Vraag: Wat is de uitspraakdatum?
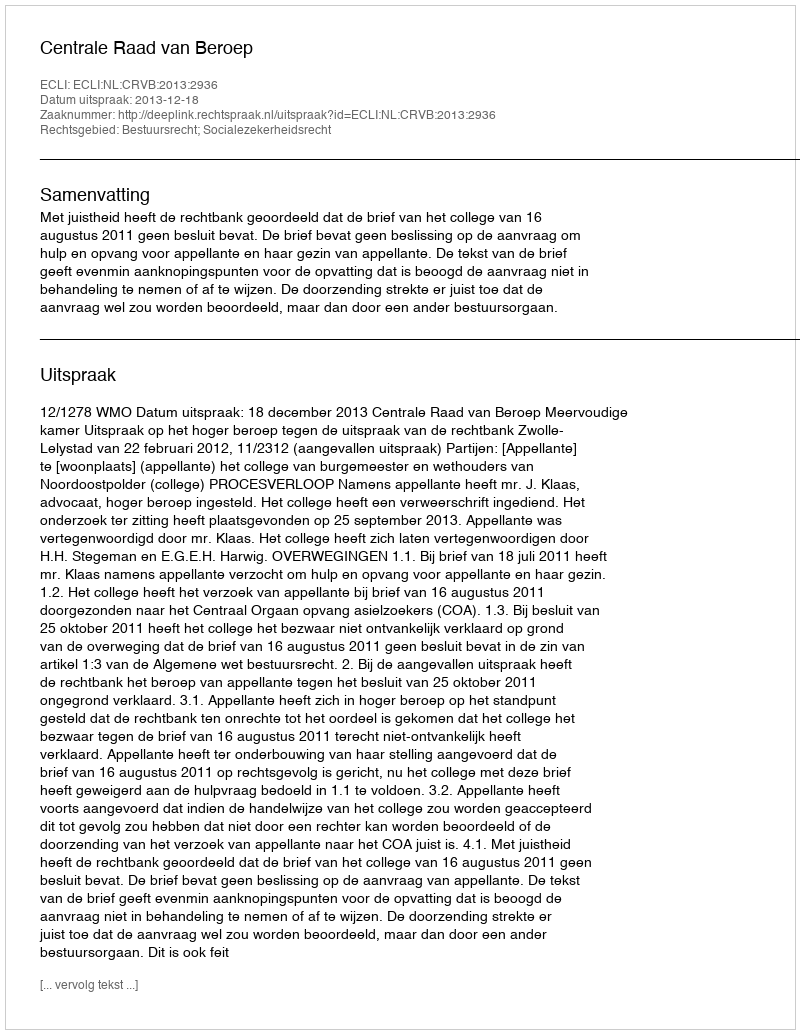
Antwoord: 2013-12-18